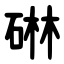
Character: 碄